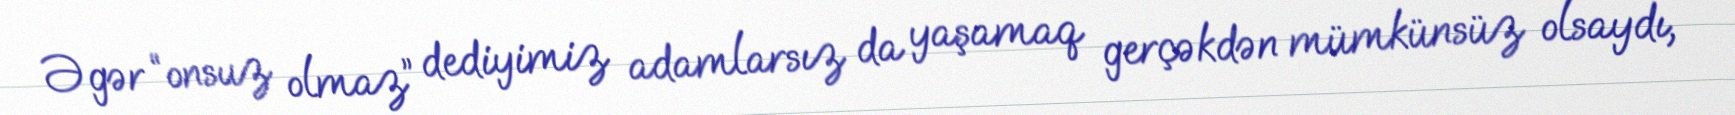
Əgər “onsuz olmaz” dediyimiz adamlarsız da yaşamaq gerçəkdən mümkünsüz olsaydı,